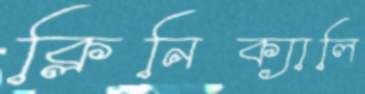
ক্লিনিক্যালি